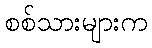
စစ်သားများက